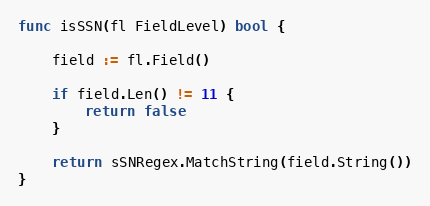
Language: Go
func isSSN(fl FieldLevel) bool {

	field := fl.Field()

	if field.Len() != 11 {
		return false
	}

	return sSNRegex.MatchString(field.String())
}